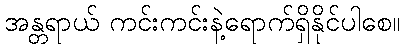
အန္တရာယ် ကင်းကင်းနဲ့ရောက်ရှိနိုင်ပါစေ။